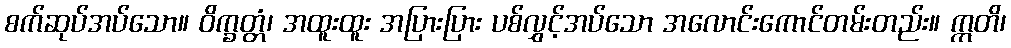
စက်ဆုပ်အပ်သော။ ဝိက္ခတ္တံ၊ အထူးထူး အပြားပြား ပစ်လွှင့်အပ်သော အလောင်းကောင်တမ်းတည်း။ ဣတိ၊